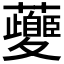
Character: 𱿇